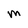
Character: M